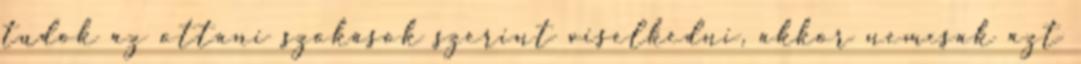
tudok az ottani szokások szerint viselkedni, akkor nemcsak azt